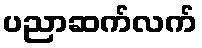
ပညာဆက်လက်